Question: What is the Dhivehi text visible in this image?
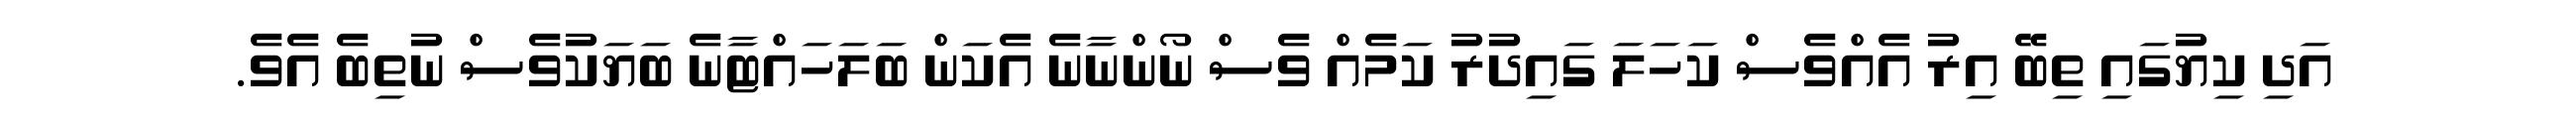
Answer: އަދި ކިޔުގައި ތިބޭ އިރު އެއްވެސް ކަހަލަ ގައިދުރު ކަމެއް ވެސް ނޯންނާނެ އެކަން ބަލަހައްޓާނެ ބަޔަކުވެސް ނުތިބެ އެވެ.